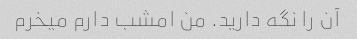
آن را نگه دارید. من امشب دارم میخرم